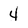
Character: 4